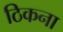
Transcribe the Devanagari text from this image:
ठिकना